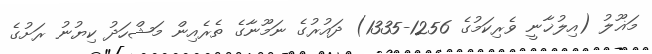
މަޣޫލު (އިލުޚާނީ ވެރިކަމުގެ 1256-1335) ދައުރުގެ ނަމޫނާގެ ތެރެއިން މަޝްހަދު ކިޔުނު ރަށުގެ